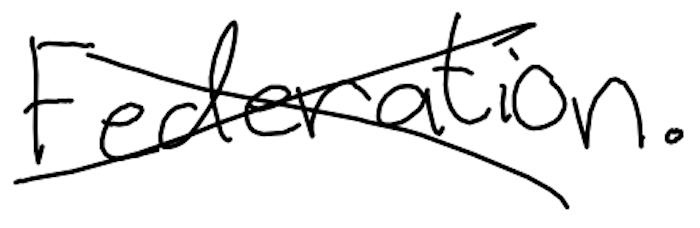
Text: Federation.
Cross-out: mix
Writing tool: digital_black